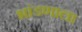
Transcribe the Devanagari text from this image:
भांडणाला